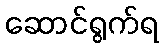
ဆောင်ရွက်ရ